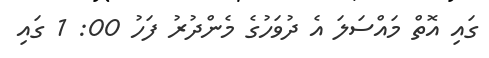
ގައި އޮތް މައްސަލަ އެ ދުވަހުގެ މެންދުރު ފަހު 00: 1 ގައި